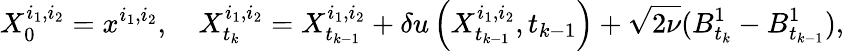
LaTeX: X_{0}^{i_{1},i_{2}}=x^{i_{1},i_{2}},\quad X_{t_{k}}^{i_{1},i_{2}}=X_{t_{k-1}}^{i_{1},i_{2}}+\delta u\left(X_{t_{k-1}}^{i_{1},i_{2}},t_{k-1}\right)+\sqrt{2\nu}(B_{t_{k}}^{1}-B_{t_{k-1}}^{1}),